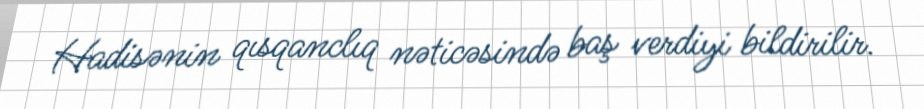
Hadisənin qısqanclıq nəticəsində baş verdiyi bildirilir.